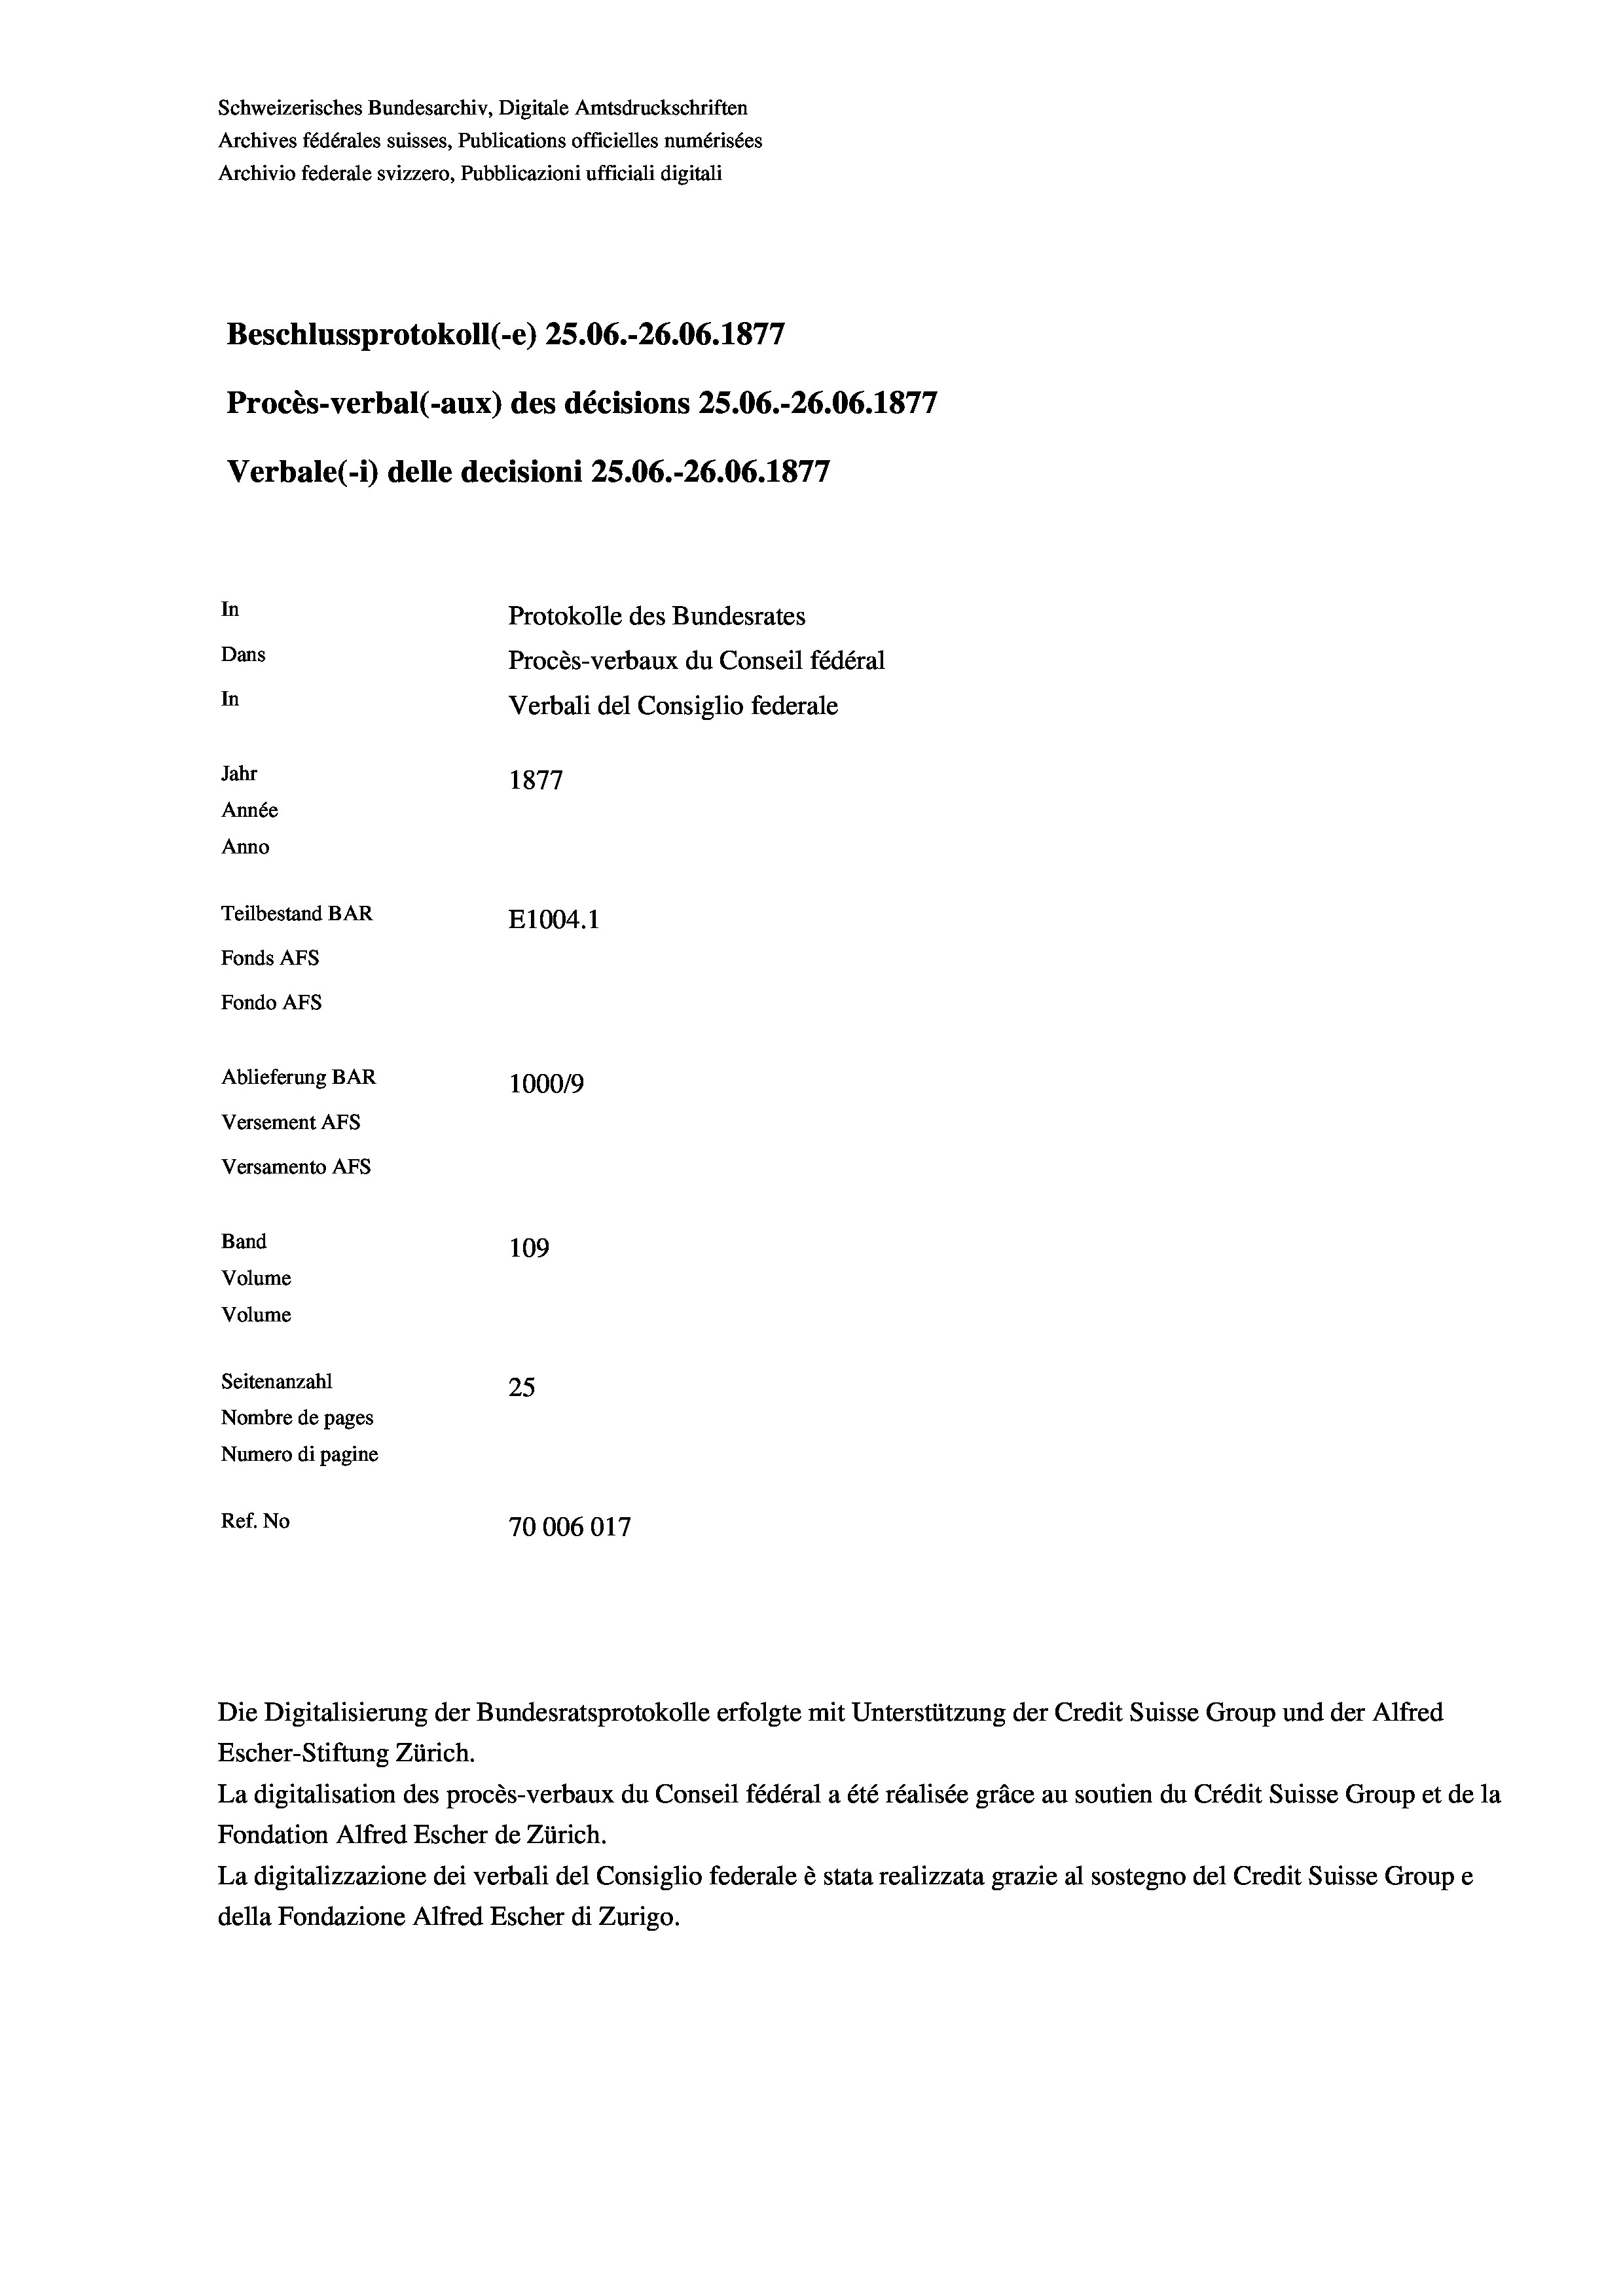
Schweizerisches Bundesarchiv, Digitale Amtsdruckschriften
Archives fédérales suisses, Publications officielles numérisées
Archivio federale svizzero, Pubblicazioni ufficiali digitali
e
Beschlussprotokoll (-e) 25.06.-26.06. 1877
Procès-verbal (-aux) des décisions 25.06.-26.06. 1877
Verbale (- 1) delle decisioni 25.06.-26.06. 1877
In
Protokolle des Bundesrates
Dans
Procès-verbaux du Conseil fédéral
In
Verbali del Consiglio federale
Jahr
1877
Année
Anno
Teilbestand BAR
E1004.1
Fonds AFs
Fondo AFS
Ablieferung BAR
100019
Versement AFs
Versamento AFs
Band
109
Volume
Volume

Seitenanzahl
25
Nombre de pages
Numero di pagine
Ref. No
70006017

Die Digitalisierung der Bundesratsprotokolle erfolgte mit Unterstützung der Credit Suisse Group und der Alfred
Escher-Stiftung Zürich.
La digitalisation des procès-verbaux du Conseil fédéral a été réalisée gräce au soutien du Crédit Suisse Group et de la
Fondation Alfred Escher de Zürich.
La digitalizzazione dei verbali del Consiglio federale è stata realizzata grazie al sostegno del Credit Suisse Groupe
della Fondazione Alfred Escher di Zurigo.